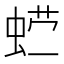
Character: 𰲽